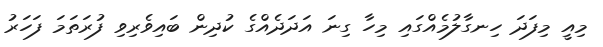
މިއީ މިފަދަ ހިނގާލުމެއްގައި މިހާ ގިނަ އަދަދެއްގެ ކުދިން ބައިވެރިވި ފުރަތަމަ ފަހަރު